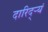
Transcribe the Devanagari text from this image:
दारिद्ऱ्यं